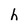
Character: h